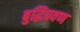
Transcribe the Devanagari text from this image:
बुद्धिप्रवण